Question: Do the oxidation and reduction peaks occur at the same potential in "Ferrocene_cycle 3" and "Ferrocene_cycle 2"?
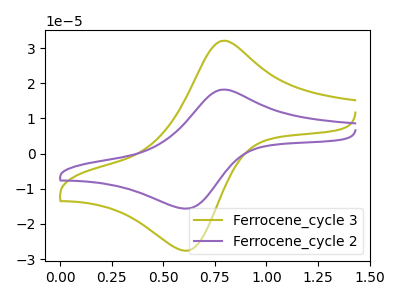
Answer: <think>The olive curve "Ferrocene_cycle 3" has an anodic peak at (0.80V, 32.05uA) and a cathodic peak at (0.60V, -27.55uA). The purple curve "Ferrocene_cycle 2" has an anodic peak at (0.80V, 18.20uA) and a cathodic peak at (0.60V, -15.60uA).</think>
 <answer>Yes, "Ferrocene_cycle 3" have a peak in "Ferrocene_cycle 2" at the same potential.</answer>
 <eval>match</eval>